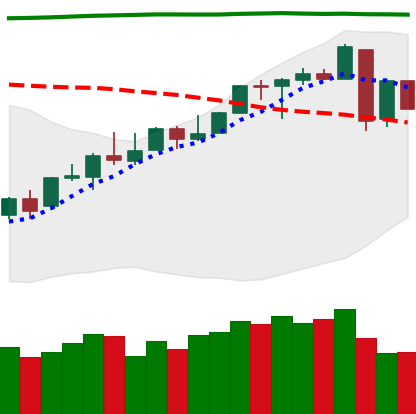
Ticker: LINK-USD
Chart end date: 2018-04-27
Forward return: 24.933%
Label: up_7plus